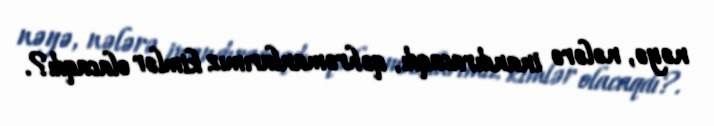
nəyə, nələrə inandıracaqdı, qəhrəmanlarımız kimlər olacaqdı?.